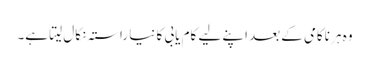
وہ ہر ناکامی کے بعد اپنے لیے کام یابی کا نیا راستہ نکال لیتا ہے۔